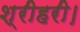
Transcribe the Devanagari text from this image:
श्रीहरी।